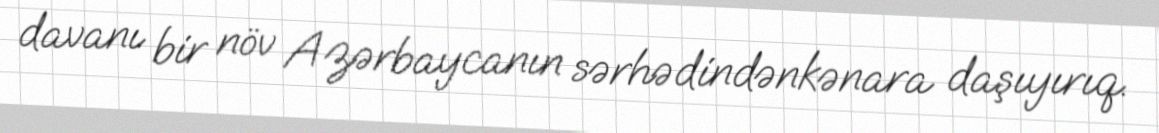
davanı bir növ Azərbaycanın sərhədindənkənara daşıyırıq.